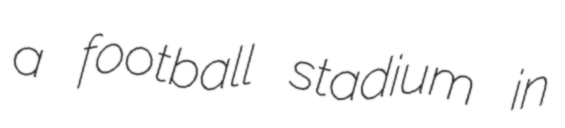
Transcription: a football stadium in